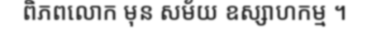
ពិភពលោក មុន សម័យ ឧស្សាហកម្ម ។